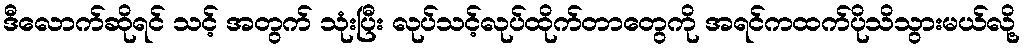
ဒီလောက်ဆိုရင် သင့် အတွက် သုံးပြီး လုပ်သင့်လုပ်ထိုက်တာတွေကို အရင်ကထက်ပိုသိသွားမယ်လို့